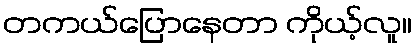
တကယ်ပြောနေတာ ကိုယ့်လူ။